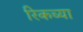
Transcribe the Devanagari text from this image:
रिकच्या